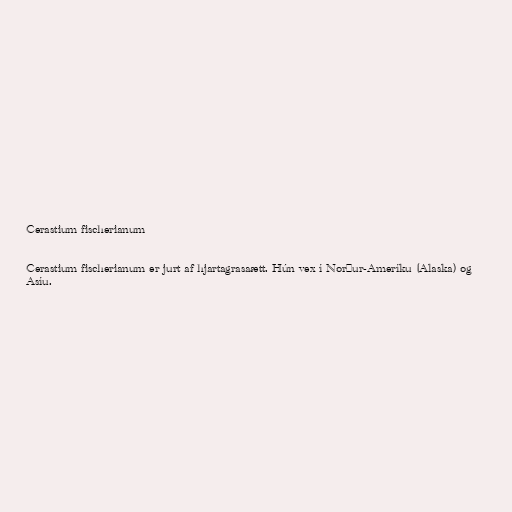
Cerastium fischerianum

Cerastium fischerianum er jurt af hjartagrasaætt. Hún vex í Norður-Ameríku (Alaska) og
Asíu.